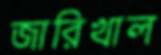
জারিখাল